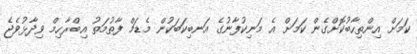
ކަމަށް އިންތިހާބުކޮށްގެން ކަމަށް އެ މަނިކުފާނުގެ އަނބިކަބަކުން މެޑަމް ފާތުމަތު އިބްރާހިމް ވިދާޅުވެޖެ